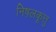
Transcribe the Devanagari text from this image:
निष़लकूत्तु